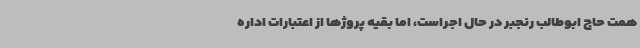
همت حاج ابوطالب رنجبر در حال اجراست، اما بقیه پروژها از اعتبارات اداره